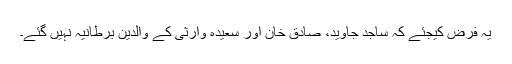
یہ فرض کیجئے کہ ساجد جاوید، صادق خان اور سعیدہ وارثی کے والدین برطانیہ نہیں گئے۔